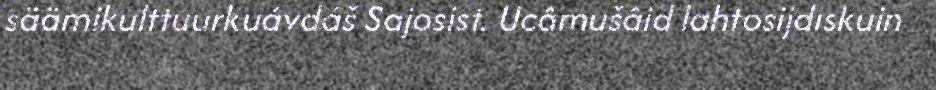
säämikulttuurkuávdáš Sajosist. Ucâmušâid lahtosijdiskuin